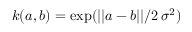
k ( a , b ) = \mathrm { e x p } ( | | a - b | | / 2 \, \sigma ^ { 2 } )